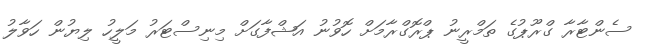
ސެންޓާރާ ގްރޫޕުގެ ތަމްރީނު ޕްރޮގްރާމަށް ހޮވުނު އަޝްފާގަށް މިނިސްޓަރު މަލީހު ލިޔުން ހަވާލު